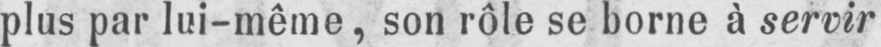
plus par lui-même, son rôle se borne à servir